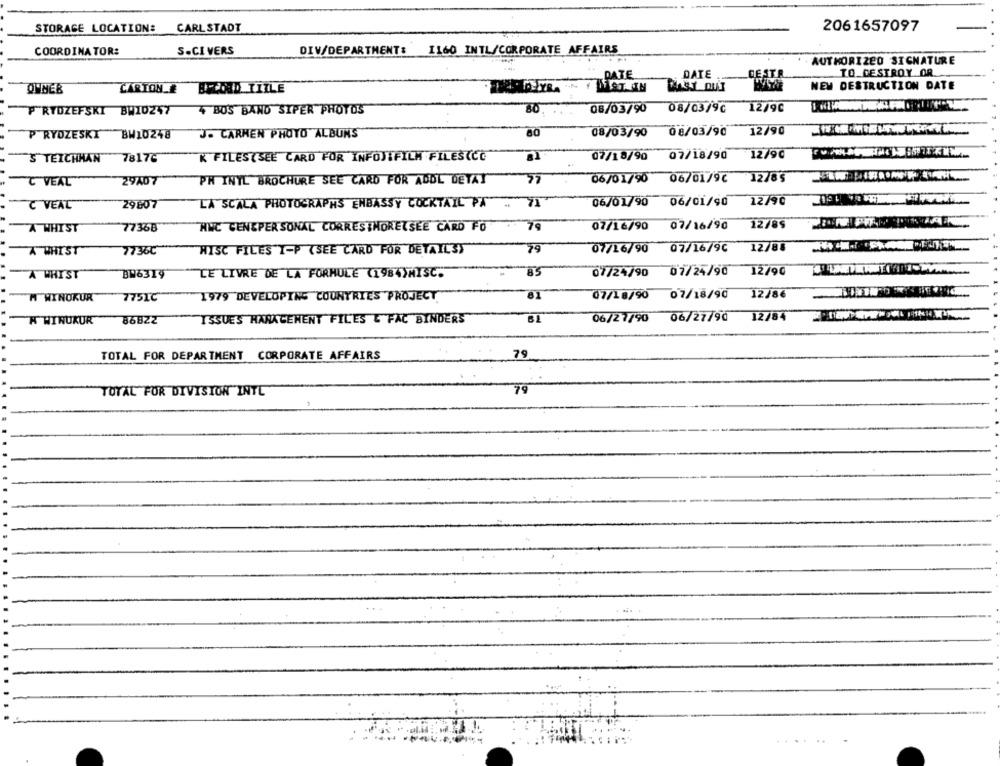
STORAGE LOCATION: CARL STADT
2061657097
COORDINATOR:
S-CI VERS
DIV/DEPARTMENT: 1160 INTL/CORPORATE AFFAIRS
AUTHORIZED SIGNATURE
DATE
DATE
DE STR
TO DESTROY OR
NEW DESTRUCTION DATE
OHNEB
CARTON E
BILOID TITLE
PRYDZEFSKI BW10247
4 BUS BAND SIPER PHOTOS
08/03/90
08/03/9C
12/90
P RYDZESKY
BW10248
J. CARMEN PHOTO ALBUMS
60
08/03/90
08/03/90
12/90
S TEICHHAN
78176
K FILES(SEE CARD FOR INFOJIFILM FILES(CC
07/18/90
07/18/90
12/90
C VEAL
29407
PH INYL BROCHURE SEE CARD FOR ADOL DETAY
57
06/01/90 06/01/96
12/85
VEAL
29807
LA SCALA PHOTOGRAPHS EMBASSY COCKTAIL PA
71
06/01/90 06/01/90
12/90
A WHIST
77368
HNC CENEPERSONAL CORRESTHORELSEE CARD FO
79
07/16/90 07/16/90
12/85
A WHIST
7736C
HISC FILES T-P (SEE CARD FOR DETAIL3)
79
07/16/90 07/16/96
12/88
A WHIST
BW6319
CE LIVRE DE LA FORMULE (1984)MISC.
85
07/24/90 07/24/90 12/90
H WINOKUR
7751C
1979 DEVELOPING COUNTRIES"PROJECT
81
07/18/90 07/18/90
12/86
W WINUKUR
86822
ISSUES HARKCEMENT FILES & FAC BINDERS
06/27/90 06/27/90
12/84
TOTAL FOR DEPARTMENT CORPORATE AFFAIRS
79
79
TOTAL FOR DIVISION INTE
...... .